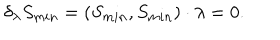
\delta _ { \lambda } S _ { m i n } = ( S _ { m i n } , S _ { m i n } ) \cdot \lambda = 0 .